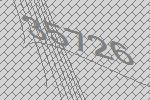
35726